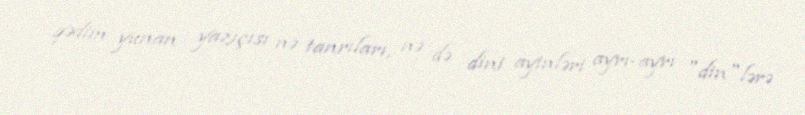
qədim yunan yazıçısı nə tanrıları, nə də dini ayinləri ayrı-ayrı "din"lərə